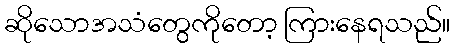
ဆိုသောအသံတွေကိုတော့ ကြားနေရသည်။